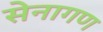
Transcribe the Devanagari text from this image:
सेनागण